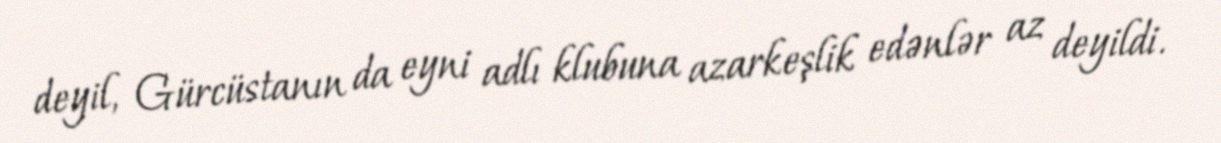
deyil, Gürcüstanın da eyni adlı klubuna azarkeşlik edənlər az deyildi.